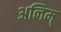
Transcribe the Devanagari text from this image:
अलिम्